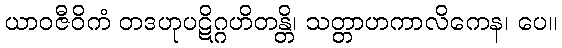
ယာဝဇီဝိကံ တဒဟုပဋိဂ္ဂဟိတန္တိ၊ သတ္တာဟကာလိကေန၊ ပေ။